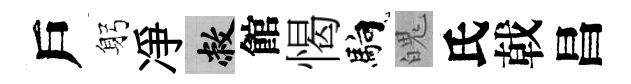
戶躬凈敝館愒馿魄氏戟昌